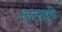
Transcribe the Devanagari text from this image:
तानाशी